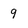
Character: 9